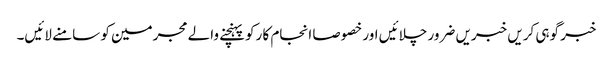
خبر گوہی کریں خبریں ضرور چلائیں اور خصوصا انجام کا رکو پہنچنے والے مجرمین کو سامنے لائیں۔